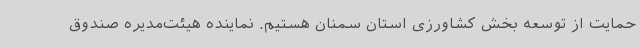
حمایت از توسعه بخش کشاورزی استان سمنان هستیم. نماینده هیئت‌مدیره صندوق